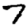
Digit: 7